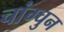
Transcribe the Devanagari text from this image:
चांग्चुन